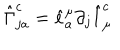
\hat { \Gamma } _ { j a } ^ { c } = \hat { e } _ { a } ^ { \mu } \partial _ { j } \hat { l } _ { \mu } ^ { c }